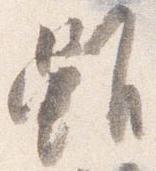
雖